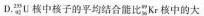
D.^{235}_{92}U核中核子的平均结合能比^{96}_{36}Kr核中的大